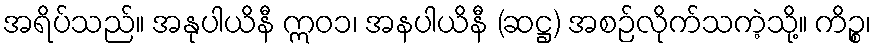
အရိပ်သည်။ အနုပါယိနီ ဣဝ၁၊ အနပါယိနီ (ဆဋ္ဌ) အစဉ်လိုက်သကဲ့သို့။ ကိဉ္စ၊